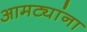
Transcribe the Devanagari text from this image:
आमट्यांना